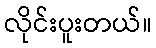
လိုင်းပူးတယ်။